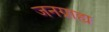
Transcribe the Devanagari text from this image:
जनग्राह्य